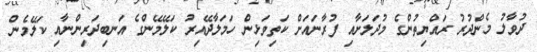
ދުވާލު މެންދުރު ރައްޔިތުންގެ މުދަލަށާއި ފުރާނައަށް ކަތިވަޅިން ހަމަލާދޭއިރު ކަލޭމޭންގެ އަނބިދަރިންނާއި ކަލޭމެން